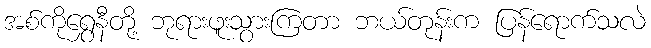
အစ်ကိုရွှေနီတို့ ဘုရားဖူးသွားကြတာ ဘယ်တုန်းက ပြန်ရောက်သလဲ